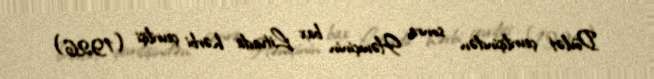
Dövlət çevrilişindən sonra Həmçinin bax Litvada hərbi çevrilişi (1926)